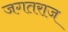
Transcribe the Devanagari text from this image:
जगतराज